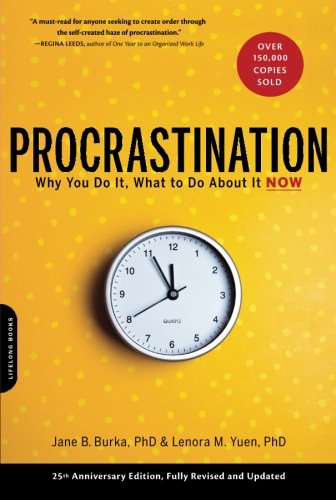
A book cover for Procrastination: Why You Do It, What to Do About It Now; Jane B. Burka; Self-Help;